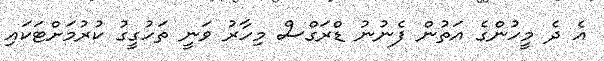
އެ ދެ މީހުންގެ އަތުން ފެނުނު ޑްރަގްސް މިހާރު ވަނީ ތަހުގީގު ކުރުމަށްޓަކައި